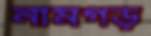
নামগড়